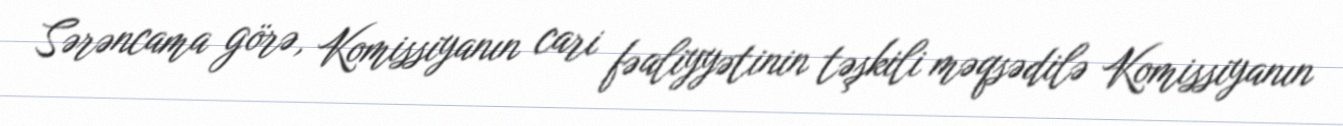
Sərəncama görə, Komissiyanın cari fəaliyyətinin təşkili məqsədilə Komissiyanın